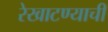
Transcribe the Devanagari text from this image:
रेखाटण्याची